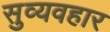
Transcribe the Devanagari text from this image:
सुव्यवहार